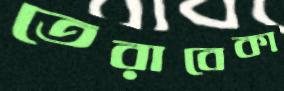
তেরাবেকা